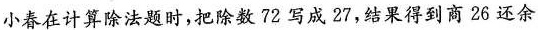
小春在计算除法题时，把除数72写成27，结果得到商26还余